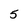
Character: 5